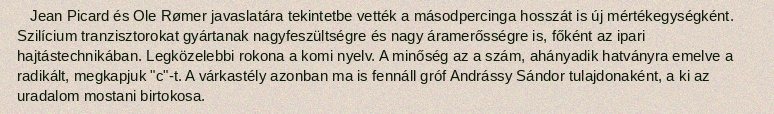
Jean Picard és Ole Rømer javaslatára tekintetbe vették a másodpercinga hosszát is új mértékegységként. Szilícium tranzisztorokat gyártanak nagyfeszültségre és nagy áramerősségre is, főként az ipari hajtástechnikában. Legközelebbi rokona a komi nyelv. A minőség az a szám, ahányadik hatványra emelve a radikált, megkapjuk "c"-t. A várkastély azonban ma is fennáll gróf Andrássy Sándor tulajdonaként, a ki az uradalom mostani birtokosa.